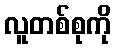
လူတစ်စုကို